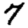
Digit: 7